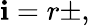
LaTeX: \mathbf{i}=r\pm,